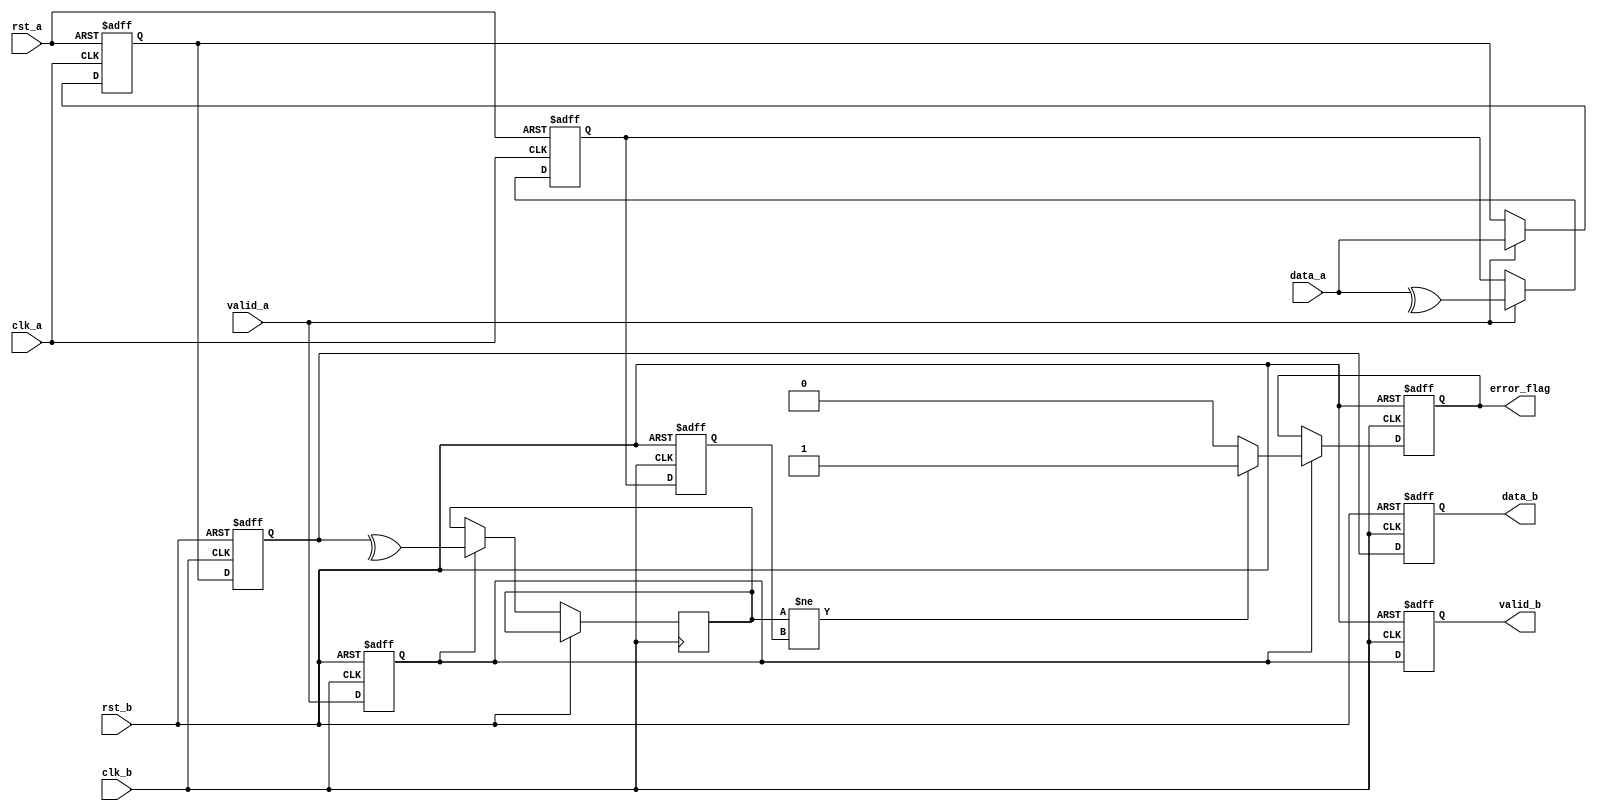
module cdc_memory_blocks (
    input wire clk_a,            // Clock for Domain A
    input wire clk_b,            // Clock for Domain B
    input wire rst_a,            // Asynchronous reset for Domain A
    input wire rst_b,            // Asynchronous reset for Domain B
    input wire [7:0] data_a,     // Input data from Domain A
    input wire valid_a,          // Valid signal for data in Domain A
    output reg [7:0] data_b,     // Output data to Domain B
    output reg valid_b,          // Valid signal for data in Domain B
    output reg error_flag        // Error flag for data integrity
);

    // Internal signals
    reg [7:0] data_a_reg;
    reg parity_a;
    reg parity_b;
    reg valid_a_sync;
    reg valid_b_sync;
    
    // Parity generation in Domain A
    always @(posedge clk_a or posedge rst_a) begin
        if (rst_a) begin
            data_a_reg <= 8'b0;
            parity_a <= 1'b0;
        end else if (valid_a) begin
            data_a_reg <= data_a;
            parity_a <= ^data_a; // Generate parity bit
        end
    end

    // First stage of dual-flop synchronizer
    reg [7:0] data_sync_1;
    reg parity_sync_1;
    reg valid_sync_1;

    always @(posedge clk_b or posedge rst_b) begin
        if (rst_b) begin
            data_sync_1 <= 8'b0;
            parity_sync_1 <= 1'b0;
            valid_sync_1 <= 1'b0;
        end else begin
            data_sync_1 <= data_a_reg; // Capture data from Domain A
            parity_sync_1 <= parity_a;  // Capture parity
            valid_sync_1 <= valid_a;    // Capture valid signal
        end
    end

    // Second stage of dual-flop synchronizer
    always @(posedge clk_b or posedge rst_b) begin
        if (rst_b) begin
            data_b <= 8'b0;
            valid_b <= 1'b0;
            error_flag <= 1'b0;
        end else begin
            data_b <= data_sync_1; // Stable output for Domain B
            valid_b <= valid_sync_1; // Valid signal for Domain B
            
            // Error detection
            if (valid_sync_1) begin
                parity_b <= ^data_sync_1; // Check parity
                if (parity_b != parity_sync_1) begin
                    error_flag <= 1'b1; // Set error flag if parity does not match
                end else begin
                    error_flag <= 1'b0; // Clear error flag if parity matches
                end
            end
        end
    end

endmodule